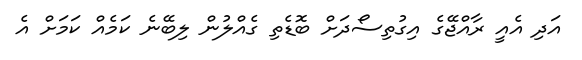
އަދި އެއީ ރާއްޖޭގެ އިގުތިސޯދަށް ބޮޑެތި ގެއްލުން ލިބޭނެ ކަމެއް ކަމަށް އެ